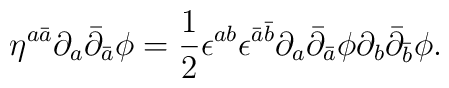
\eta^{a\bar a} \partial_a \bar{\partial}_{\bar a} \phi = \frac{1}{2}\epsilon^{ab} \epsilon^{\bar{a} \bar{b}} \partial_a \bar{\partial}_{\bar a}\phi \partial_b \bar{\partial}_{\bar b}\phi.